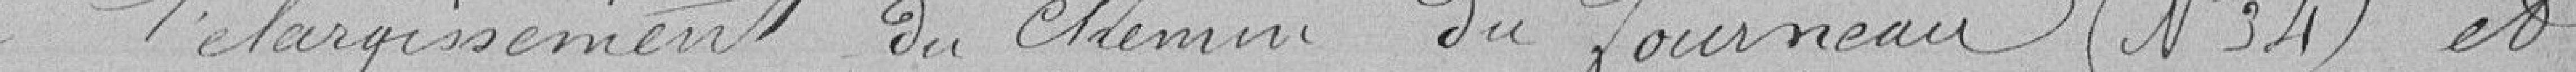
à l'élargissement du chemin du fourneau (N°34) et